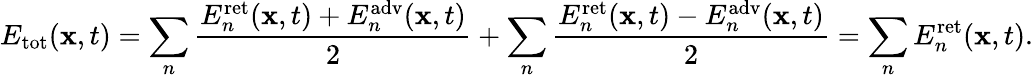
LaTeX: E_{\mathrm{tot}}(\mathbf{x},t)=\sum_{n}{\frac{E_{n}^{\mathrm{ret}}(\mathbf{x},t)+E_{n}^{\mathrm{adv}}(\mathbf{x},t)}{2}}+\sum_{n}{\frac{E_{n}^{\mathrm{ret}}(\mathbf{x},t)-E_{n}^{\mathrm{adv}}(\mathbf{x},t)}{2}}=\sum_{n}E_{n}^{\mathrm{ret}}(\mathbf{x},t).